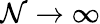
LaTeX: \mathcal{N}\rightarrow\infty